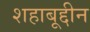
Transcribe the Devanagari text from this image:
शहाबूद्दीन